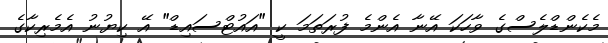
މެކެންޑްލެސްގެ ވާހަކަ އޭނާ އެންމެ ފުރަތަމަ ކީ "އައުޓްސައިޑް" އޭ ކިޔުނު އެމެރިކާގެ